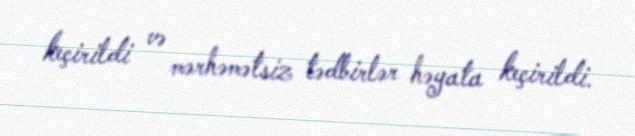
keçirildi və mərhəmətsiz tədbirlər həyata keçirildi.